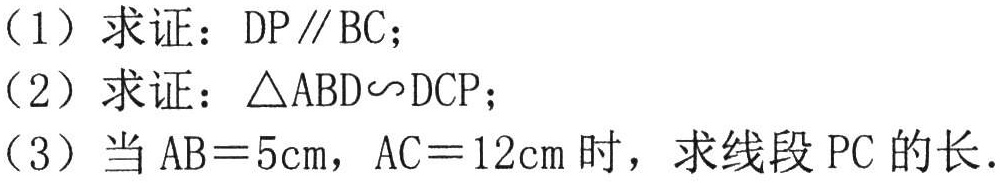
（1）求证：\(DP\parallel BC\)；
（2）求证：\(\triangle ABD\sim DCP\)；
（3）当\(AB = 5cm\)，\(AC = 12cm\)时，求线段\(PC\)的长．